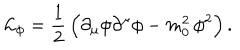
LaTeX: { \cal L } _ { \phi } = \frac { 1 } { 2 } \, \Bigl ( \partial _ { \mu } \phi \partial ^ { \mu } \phi - m _ { 0 } ^ { 2 } \, \phi ^ { 2 } \Bigr ) \, .